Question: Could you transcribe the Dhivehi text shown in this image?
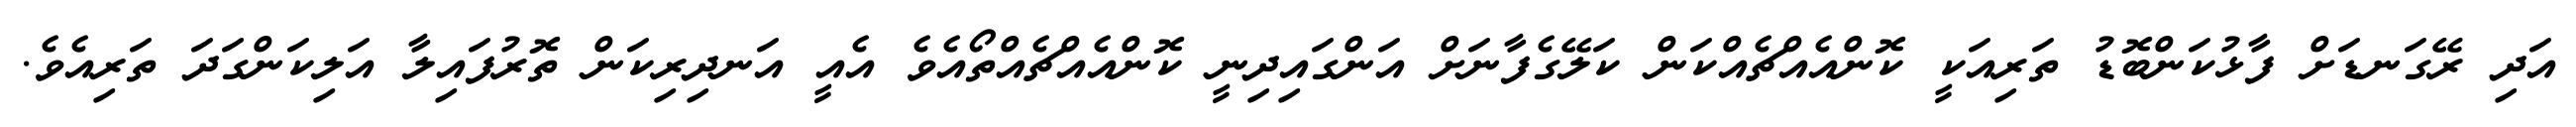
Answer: އަދި ރޭގަނޑަށް ފާޅުކަންބޮޑު ތަރިއަކީ ކޮންއެއްޗެއްކަން ކަލޭގެފާނަށް އަންގައިދިނީ ކޮންއެއްޗެއްތޯއެވެ އެއީ އަނދިރިކަން ތޮރުފައިލާ އަލިކަންގަދަ ތަރިއެވެ.